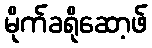
မိုက်ခရိုဆော့ဖ်